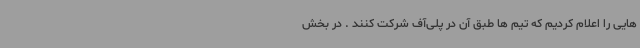
هایی را اعلام کردیم که تیم ها طبق آن در پلی‌آف شرکت کنند . در بخش